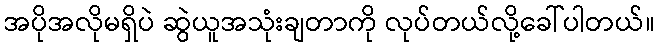
အပိုအလိုမရှိပဲ ဆွဲယူအသုံးချတာကို လုပ်တယ်လို့ခေါ်ပါတယ်။